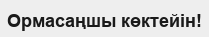
Ормасаңшы көктейін!